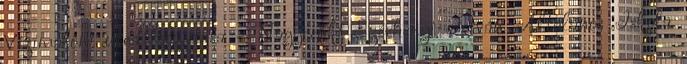
Vízimalom utca felújítása - Nagycenki Széchenyi István Általános Iskola